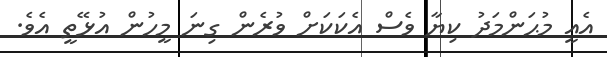
އެއީ މުޙަންމަދު ކިޔާ ވެސް އެކަކަށް ވުރެން ގިނަ މީހުން އުޅޭތީ އެވެ.